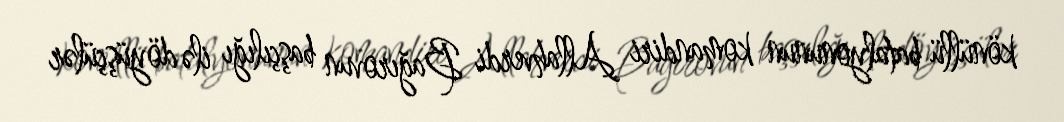
könüllü batalyonunun komandiri Allahverdi Bağırovun başçılığı ilə döyüşçülər